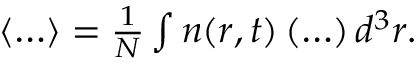
\begin{array} { r } { \langle \ldots \rangle = \frac { 1 } { N } \int n ( \boldsymbol { r } , t ) \left( \ldots \right) d ^ { 3 } r . } \end{array}